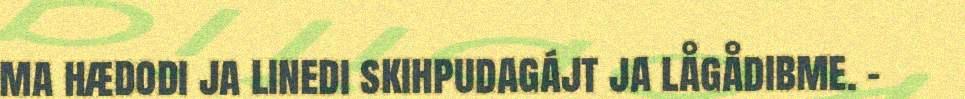
ma hædodi ja linedi skihpudagájt ja lågådibme. -